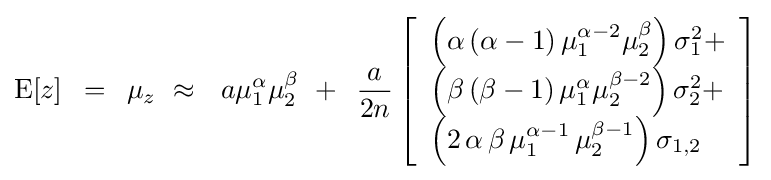
{\rm {E}}[z]\,\,\,=\,\,\,\mu _{z}\,\,\approx \,\,\,\,a\mu _{1}^{\alpha }\mu _{2}^{\beta }\,\,+\,\,\,{\frac {a}{2n}}\left[{\begin{array}{l}\left({\alpha \left({\alpha -1}\right)\mu _{1}^{\alpha -2}\mu _{2}^{\beta }}\right)\sigma _{1}^{2}+\\\left({\beta \left({\beta -1}\right)\mu _{1}^{\alpha }\mu _{2}^{\beta -2}}\right)\sigma _{2}^{2}+\\\left({2\,\alpha \,\beta \,\mu _{1}^{\alpha -1}\,\mu _{2}^{\beta -1}}\right)\sigma _{1,2}\\\end{array}}\right]